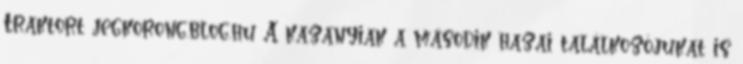
Traktort jegkorong.blog.hu A kazanyiak a második hazai találkozójukat is